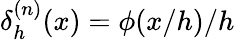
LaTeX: \delta_{h}^{(n)}(x)=\phi(x/h)/h